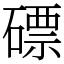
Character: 磦